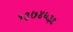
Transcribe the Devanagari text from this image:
१३७४६३९